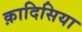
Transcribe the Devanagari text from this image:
क़ादिसिया